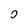
Character: 0